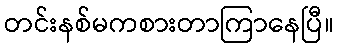
တင်းနစ်မကစားတာကြာနေပြီ။